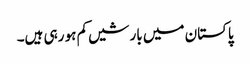
پاکستان میں بارشیں کم ہو رہی ہیں۔